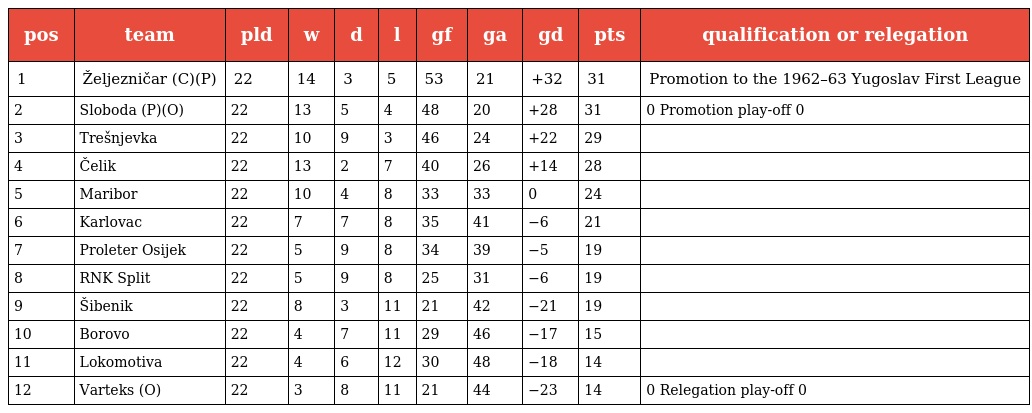
| pos | team | pld | w | d | l | gf | ga | gd | pts | qualification or relegation |
 | --- | --- | --- | --- | --- | --- | --- | --- | --- | --- | --- |
 | 1 | Željezničar (C)(P) | 22 | 14 | 3 | 5 | 53 | 21 | +32 | 31 | Promotion to the 1962–63 Yugoslav First League |
 | 2 | Sloboda (P)(O) | 22 | 13 | 5 | 4 | 48 | 20 | +28 | 31 | 0 Promotion play-off 0 |
 | 3 | Trešnjevka | 22 | 10 | 9 | 3 | 46 | 24 | +22 | 29 |  |
 | 4 | Čelik | 22 | 13 | 2 | 7 | 40 | 26 | +14 | 28 |  |
 | 5 | Maribor | 22 | 10 | 4 | 8 | 33 | 33 | 0 | 24 |  |
 | 6 | Karlovac | 22 | 7 | 7 | 8 | 35 | 41 | −6 | 21 |  |
 | 7 | Proleter Osijek | 22 | 5 | 9 | 8 | 34 | 39 | −5 | 19 |  |
 | 8 | RNK Split | 22 | 5 | 9 | 8 | 25 | 31 | −6 | 19 |  |
 | 9 | Šibenik | 22 | 8 | 3 | 11 | 21 | 42 | −21 | 19 |  |
 | 10 | Borovo | 22 | 4 | 7 | 11 | 29 | 46 | −17 | 15 |  |
 | 11 | Lokomotiva | 22 | 4 | 6 | 12 | 30 | 48 | −18 | 14 |  |
 | 12 | Varteks (O) | 22 | 3 | 8 | 11 | 21 | 44 | −23 | 14 | 0 Relegation play-off 0 |